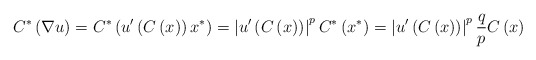
\begin{align*}C^{\ast}\left( \nabla u\right) =C^{\ast}\left( u^{\prime}\left( C\left(x\right) \right) x^{\ast}\right) =\left\vert u^{\prime}\left( C\left(x\right) \right) \right\vert ^{p}C^{\ast}\left( x^{\ast}\right)=\left\vert u^{\prime}\left( C\left( x\right) \right) \right\vert^{p}\frac{q}{p}C\left( x\right)\end{align*}